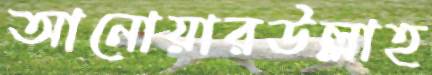
আনোয়ারউল্লাহ